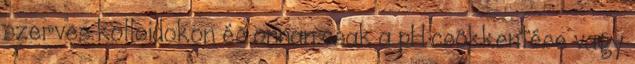
szerves kolloidokon és onnan csak a pH csökkentése vagy